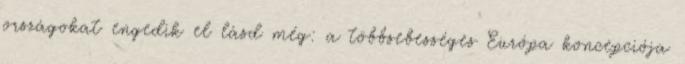
országokat engedik el lásd még: a többsebességes Európa koncepciója